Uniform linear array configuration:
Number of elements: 12
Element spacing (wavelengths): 1
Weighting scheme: binomial
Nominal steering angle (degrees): -15
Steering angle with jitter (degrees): -13.639
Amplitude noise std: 0.05
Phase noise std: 0.05

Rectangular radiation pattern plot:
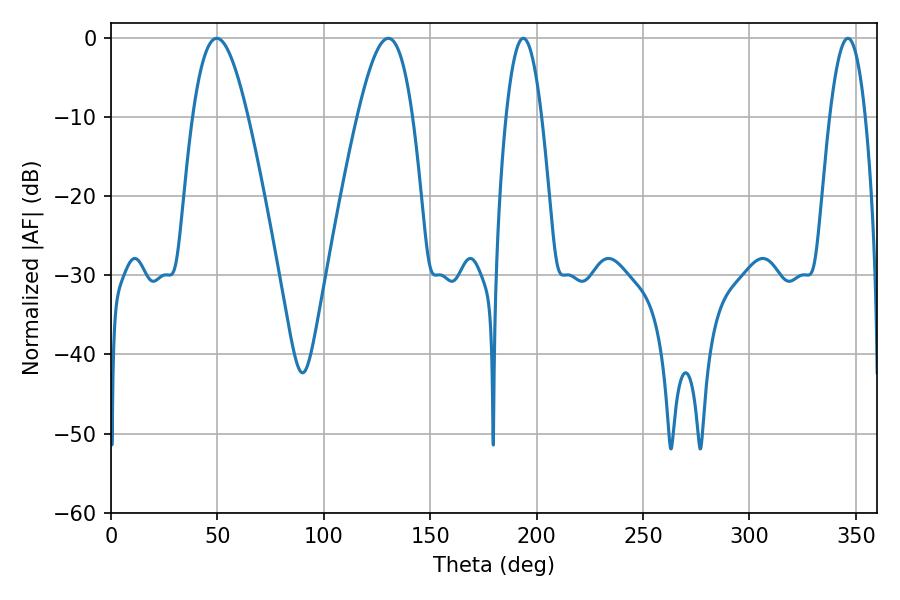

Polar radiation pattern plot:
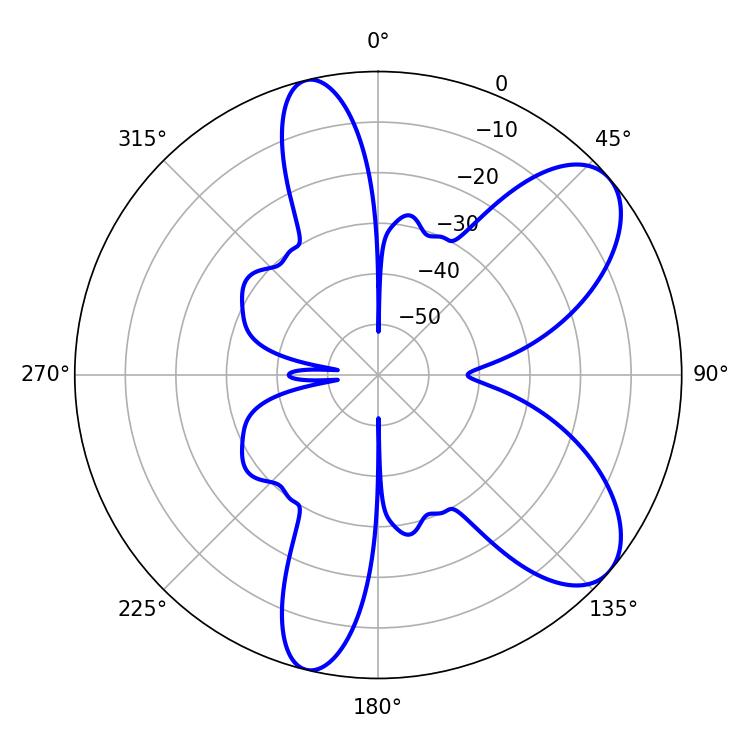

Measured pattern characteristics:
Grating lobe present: TRUE
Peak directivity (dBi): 7.884
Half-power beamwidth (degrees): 14.04
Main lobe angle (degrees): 49.68